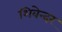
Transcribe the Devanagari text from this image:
शिवेन्दर